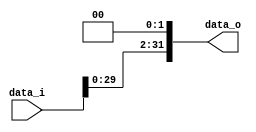
//Subject:      CO project 2 - Shift_Left_Two_32
//--------------------------------------------------------------------------------
//Version:     1
//--------------------------------------------------------------------------------
//Description: 
//--------------------------------------------------------------------------------
//--------------------------------------------------------------------------------
//Writer:       0516215 ???
//----------------------------------------------
module Shift_Left_Two_32(
    data_i,
    data_o
);

	//I/O ports                    
	input  [32-1:0] data_i;
	output [32-1:0] data_o;

	//shift left 2
	assign data_o[31:0] = {data_i[29:0], 2'b00};
	
endmodule